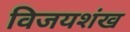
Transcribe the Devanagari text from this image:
विजयशंख